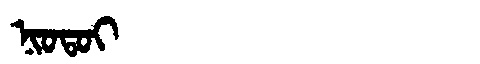
Manchu: ᠨᡳᠣᡨᠣᡳ
Romanization: NIOTOI